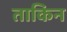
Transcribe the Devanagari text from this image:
ताकिन